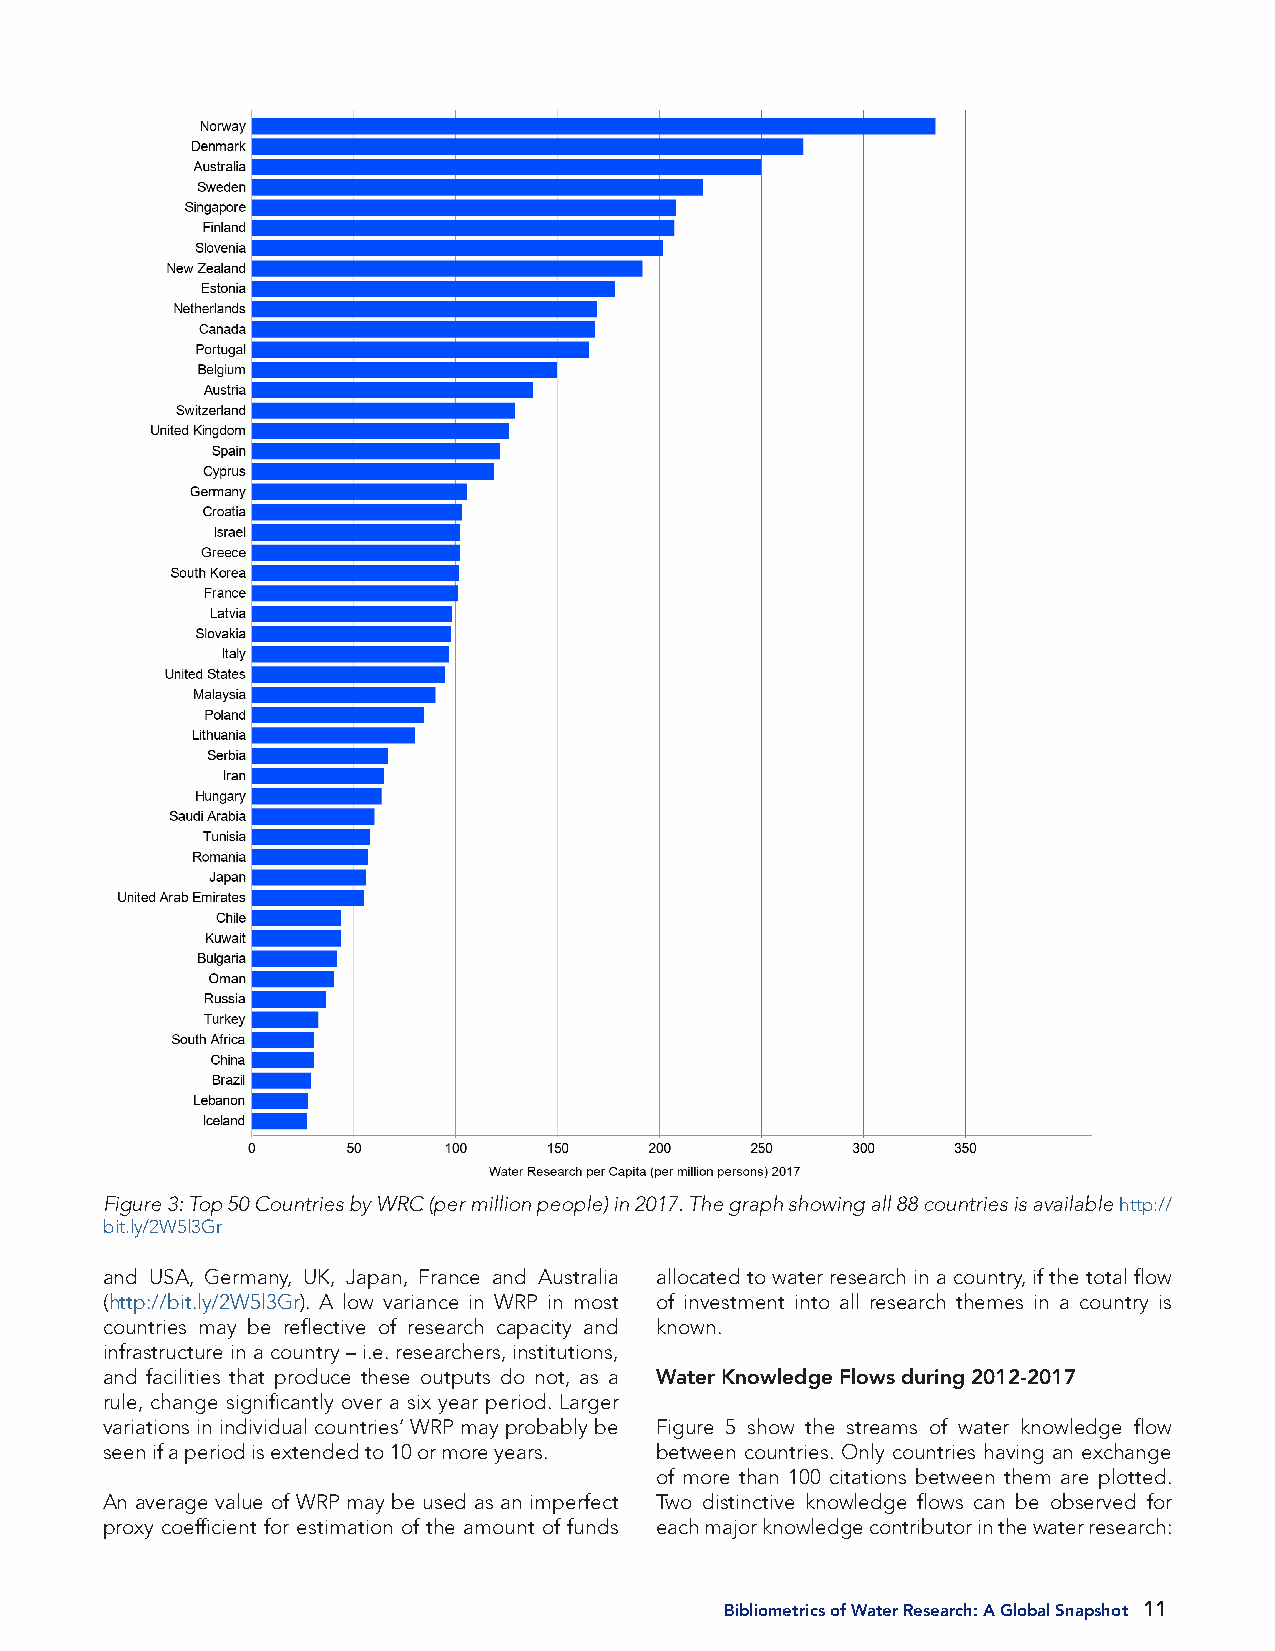
Figure 3: Top 50 Countries by WRC (per million people) in 2017. The graph showing all 88 countries is available http://
 bit.ly/2W5l3Gr
 and USA, Germany, UK, Japan, France and Australia allocated to water research in a country, if the total flow
 (http://bit.ly/2W5l3Gr). A low variance in WRP in most of investment into all research themes in a country is
 countries may be reflective of research capacity and known.
 infrastructure in a country – i.e. researchers, institutions,
 and facilities that produce these outputs do not, as a Water Knowledge Flows during 2012-2017
 rule, change significantly over a six year period. Larger
 variations in individual countries’ WRP may probably be Figure 5 show the streams of water knowledge flow
 seen if a period is extended to 10 or more years. between countries. Only countries having an exchange
 of more than 100 citations between them are plotted.
 An average value of WRP may be used as an imperfect Two distinctive knowledge flows can be observed for
 proxy coefficient for estimation of the amount of funds each major knowledge contributor in the water research:
 Bibliometrics of Water Research: A Global Snapshot 11